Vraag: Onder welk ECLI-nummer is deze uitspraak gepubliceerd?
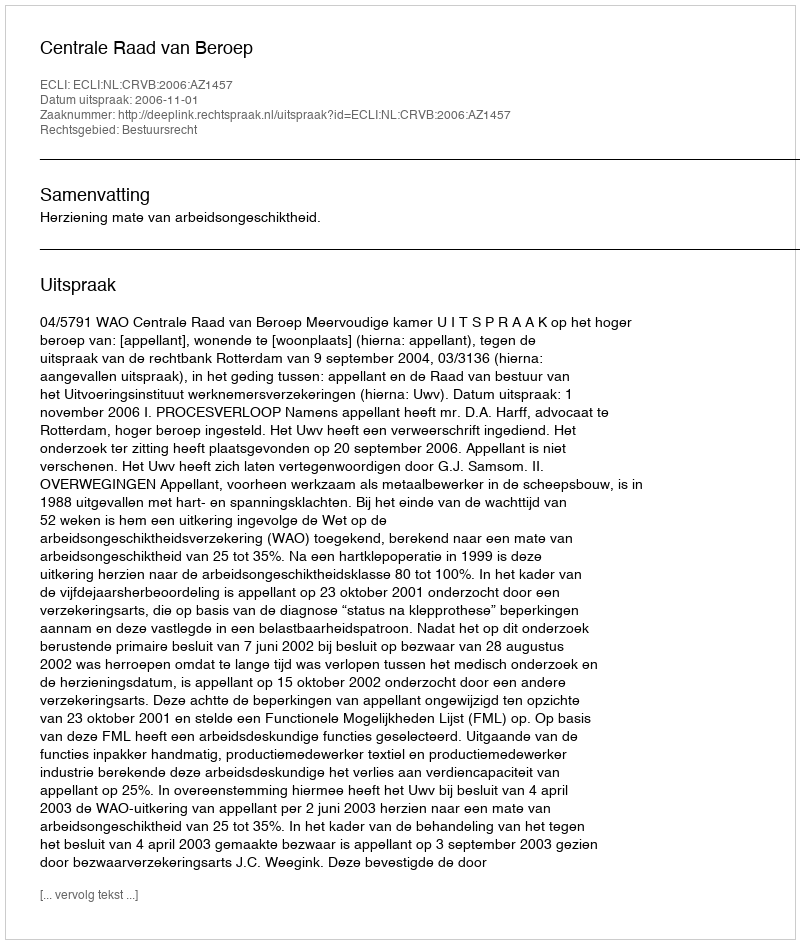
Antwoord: ECLI:NL:CRVB:2006:AZ1457